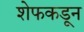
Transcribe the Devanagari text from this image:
शेफकडून